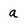
Character: a